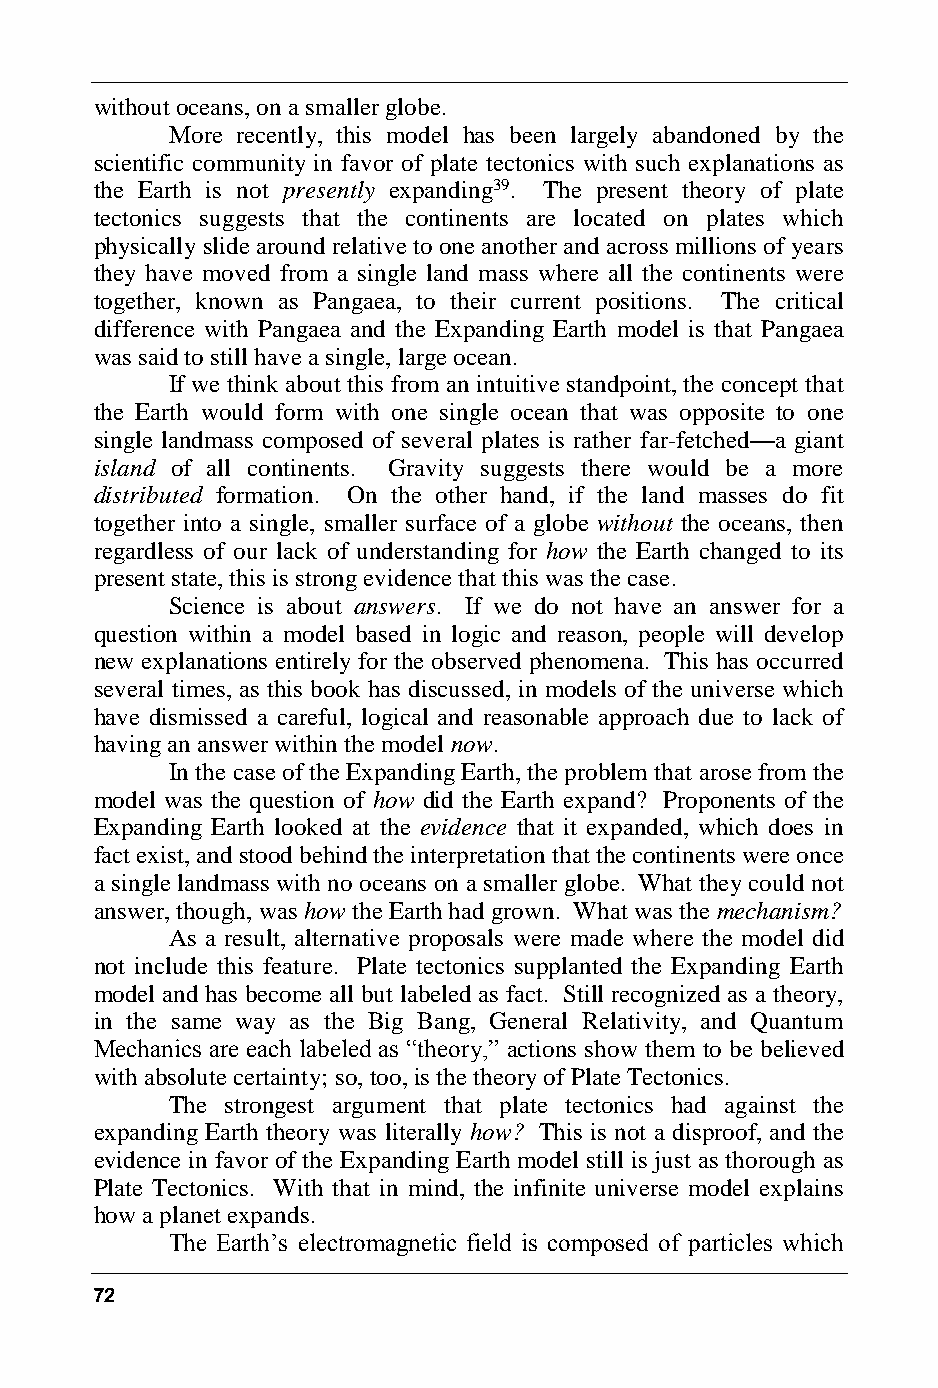
without oceans, on a smaller globe.
 More recently, this model has been largely abandoned by the
 scientific community in favor of plate tectonics with such explanations as
 the Earth is not presently expanding39. The present theory of plate
 tectonics suggests that the continents are located on plates which
 physically slide around relative to one another and across millions of years
 they have moved from a single land mass where all the continents were
 together, known as Pangaea, to their current positions. The critical
 difference with Pangaea and the Expanding Earth model is that Pangaea
 was said to still have a single, large ocean.
 If we think about this from an intuitive standpoint, the concept that
 the Earth would form with one single ocean that was opposite to one
 single landmass composed of several plates is rather far-fetched—a giant
 island of all continents. Gravity suggests there would be a more
 distributed formation. On the other hand, if the land masses do fit
 together into a single, smaller surface of a globe without the oceans, then
 regardless of our lack of understanding for how the Earth changed to its
 present state, this is strong evidence that this was the case.
 Science is about answers. If we do not have an answer for a
 question within a model based in logic and reason, people will develop
 new explanations entirely for the observed phenomena. This has occurred
 several times, as this book has discussed, in models of the universe which
 have dismissed a careful, logical and reasonable approach due to lack of
 having an answer within the model now.
 In the case of the Expanding Earth, the problem that arose from the
 model was the question of how did the Earth expand? Proponents of the
 Expanding Earth looked at the evidence that it expanded, which does in
 fact exist, and stood behind the interpretation that the continents were once
 a single landmass with no oceans on a smaller globe. What they could not
 answer, though, was how the Earth had grown. What was the mechanism?
 As a result, alternative proposals were made where the model did
 not include this feature. Plate tectonics supplanted the Expanding Earth
 model and has become all but labeled as fact. Still recognized as a theory,
 in the same way as the Big Bang, General Relativity, and Quantum
 Mechanics are each labeled as “theory,” actions show them to be believed
 with absolute certainty; so, too, is the theory of Plate Tectonics.
 The strongest argument that plate tectonics had against the
 expanding Earth theory was literally how? This is not a disproof, and the
 evidence in favor of the Expanding Earth model still is just as thorough as
 Plate Tectonics. With that in mind, the infinite universe model explains
 how a planet expands.
 The Earth’s electromagnetic field is composed of particles which
 72